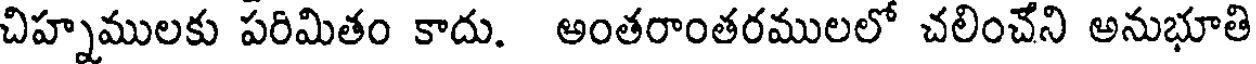
చిహ్నములకు పరిమితం కాదు. అంతరాంతరములలో చలించేని అనుభూతి